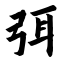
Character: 弭